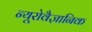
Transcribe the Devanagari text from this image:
न्यूरोवैज्ञानिक